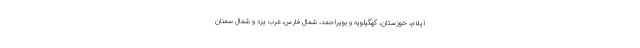
ایلام، خوزستان، کهگیلویه و بویراحمد، شمال فارس، غرب یزد و شمال سمنان